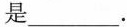
是___.